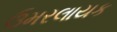
ઉમરલાયક